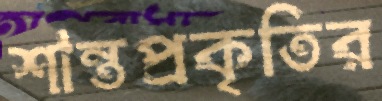
শান্তপ্রকৃতির